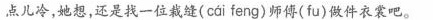
点儿冷，她想，还是找一位裁缝( cai feng)师傅(fu)做件衣裳吧。